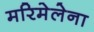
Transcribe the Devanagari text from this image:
मरिमेलेना